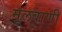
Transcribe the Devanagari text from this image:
मूलवाणी